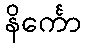
နိင်္ကော